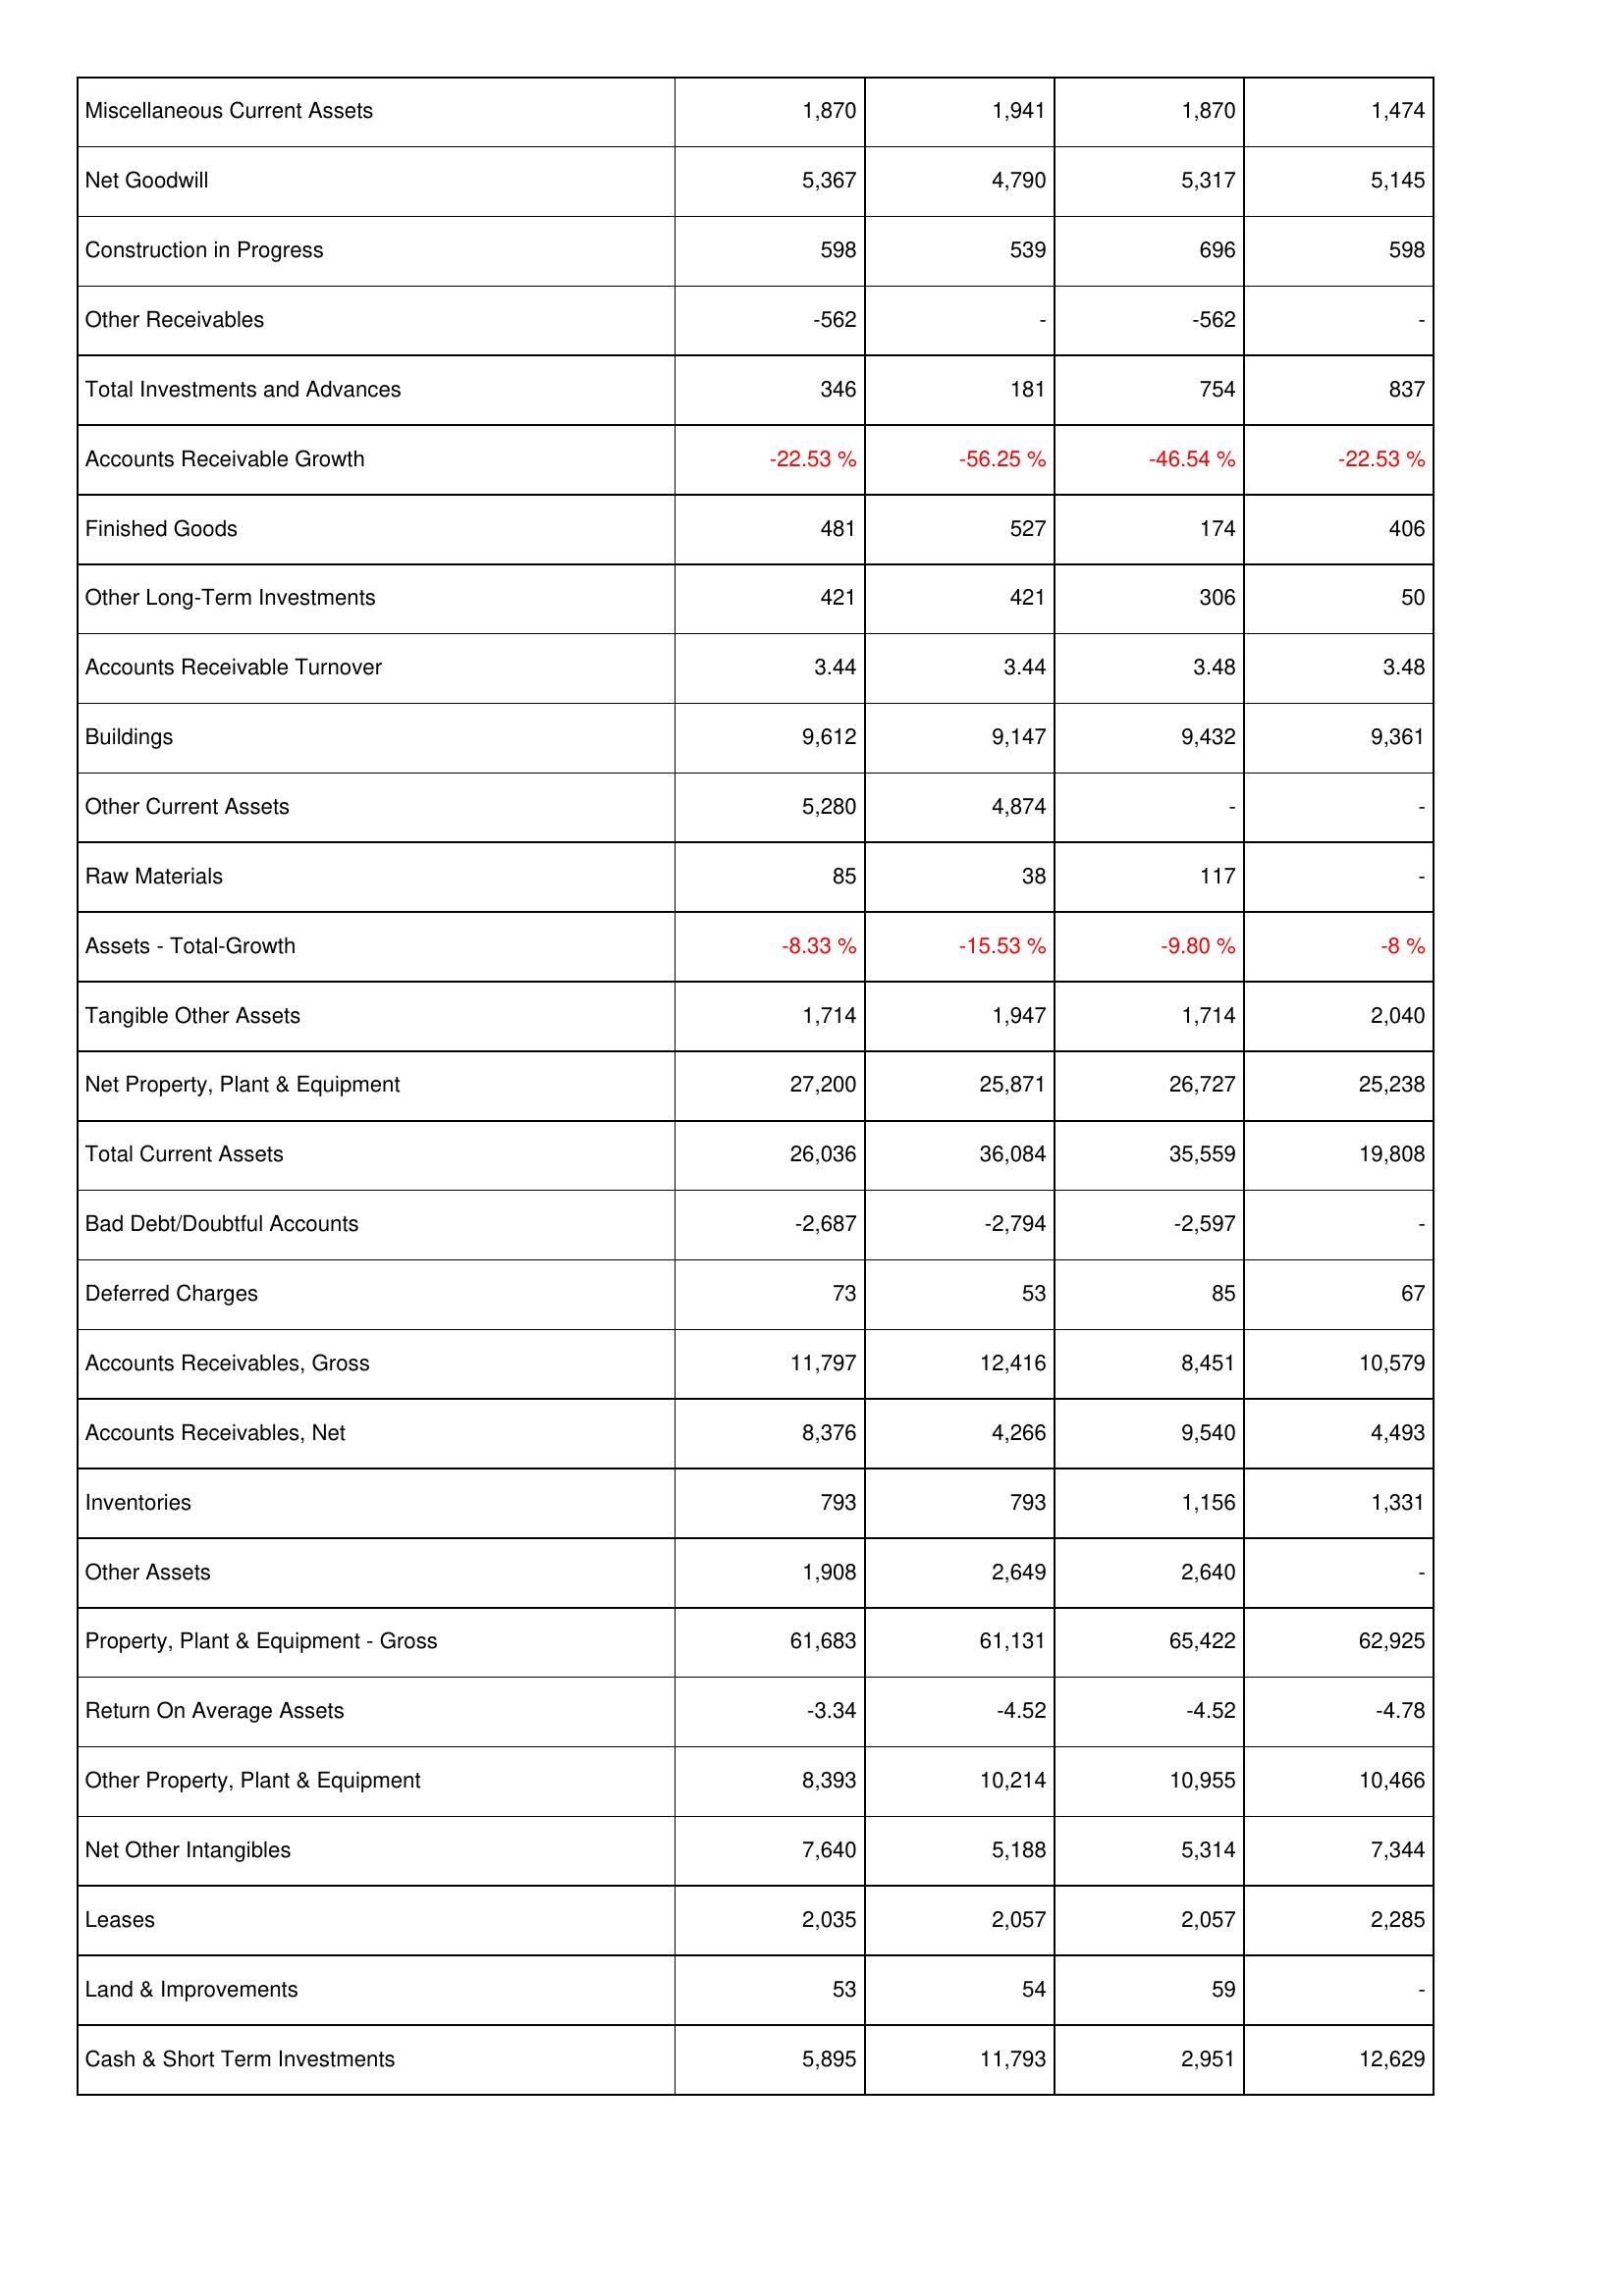
2012: Assets: Miscellaneous Current Assets: 1,870
Net Goodwill: 5,367
Construction in Progress: 598
Other Receivables: -562
Total Investments and Advances: 346
Accounts Receivable Growth: -22.53 %
Finished Goods: 481
Other Long-Term Investments: 421
Accounts Receivable Turnover: 3.44
Buildings: 9,612
Other Current Assets: 5,280
Raw Materials: 85
Assets - Total-Growth: -8.33 %
Tangible Other Assets: 1,714
Net Property, Plant & Equipment: 27,200
Total Current Assets: 26,036
Bad Debt/Doubtful Accounts: -2,687
Deferred Charges: 73
Accounts Receivables, Gross: 11,797
Accounts Receivables, Net: 8,376
Inventories: 793
Other Assets: 1,908
Property, Plant & Equipment - Gross: 61,683
Return On Average Assets: -3.34
Other Property, Plant & Equipment: 8,393
Net Other Intangibles: 7,640
Leases: 2,035
Land & Improvements: 53
Cash & Short Term Investments: 5,895
2011: Assets: Miscellaneous Current Assets: 1,941
Net Goodwill: 4,790
Construction in Progress: 539
Other Receivables: -
Total Investments and Advances: 181
Accounts Receivable Growth: -56.25 %
Finished Goods: 527
Other Long-Term Investments: 421
Accounts Receivable Turnover: 3.44
Buildings: 9,147
Other Current Assets: 4,874
Raw Materials: 38
Assets - Total-Growth: -15.53 %
Tangible Other Assets: 1,947
Net Property, Plant & Equipment: 25,871
Total Current Assets: 36,084
Bad Debt/Doubtful Accounts: -2,794
Deferred Charges: 53
Accounts Receivables, Gross: 12,416
Accounts Receivables, Net: 4,266
Inventories: 793
Other Assets: 2,649
Property, Plant & Equipment - Gross: 61,131
Return On Average Assets: -4.52
Other Property, Plant & Equipment: 10,214
Net Other Intangibles: 5,188
Leases: 2,057
Land & Improvements: 54
Cash & Short Term Investments: 11,793
2010: Assets: Miscellaneous Current Assets: 1,870
Net Goodwill: 5,317
Construction in Progress: 696
Other Receivables: -562
Total Investments and Advances: 754
Accounts Receivable Growth: -46.54 %
Finished Goods: 174
Other Long-Term Investments: 306
Accounts Receivable Turnover: 3.48
Buildings: 9,432
Other Current Assets: -
Raw Materials: 117
Assets - Total-Growth: -9.80 %
Tangible Other Assets: 1,714
Net Property, Plant & Equipment: 26,727
Total Current Assets: 35,559
Bad Debt/Doubtful Accounts: -2,597
Deferred Charges: 85
Accounts Receivables, Gross: 8,451
Accounts Receivables, Net: 9,540
Inventories: 1,156
Other Assets: 2,640
Property, Plant & Equipment - Gross: 65,422
Return On Average Assets: -4.52
Other Property, Plant & Equipment: 10,955
Net Other Intangibles: 5,314
Leases: 2,057
Land & Improvements: 59
Cash & Short Term Investments: 2,951
2009: Assets: Miscellaneous Current Assets: 1,474
Net Goodwill: 5,145
Construction in Progress: 598
Other Receivables: -
Total Investments and Advances: 837
Accounts Receivable Growth: -22.53 %
Finished Goods: 406
Other Long-Term Investments: 50
Accounts Receivable Turnover: 3.48
Buildings: 9,361
Other Current Assets: -
Raw Materials: -
Assets - Total-Growth: -8 %
Tangible Other Assets: 2,040
Net Property, Plant & Equipment: 25,238
Total Current Assets: 19,808
Bad Debt/Doubtful Accounts: -
Deferred Charges: 67
Accounts Receivables, Gross: 10,579
Accounts Receivables, Net: 4,493
Inventories: 1,331
Other Assets: -
Property, Plant & Equipment - Gross: 62,925
Return On Average Assets: -4.78
Other Property, Plant & Equipment: 10,466
Net Other Intangibles: 7,344
Leases: 2,285
Land & Improvements: -
Cash & Short Term Investments: 12,629